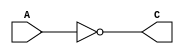
module my_not_gate (
  input A,
  output C
);
  
  assign C = ~A;
  
endmodule